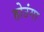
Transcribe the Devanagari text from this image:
होउंगा